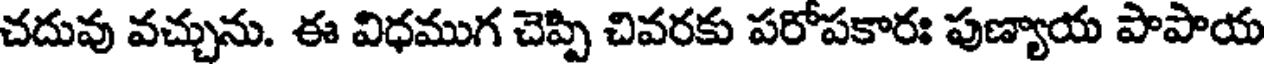
చదువు వచ్చును. ఈ విధముగ చెప్పి చివరకు పరోపకారః పుణ్యాయ పాపాయ